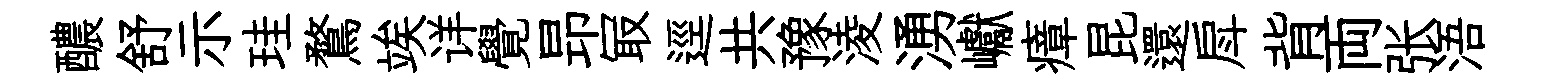
醲舒示珪鶩竢详覺昻冣逕共豫淩湧巘瘴昆還戽背両张浯